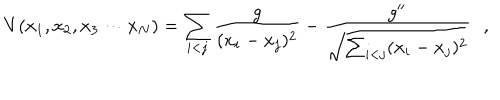
V ( x _ { 1 } , x _ { 2 } , x _ { 3 } \cdots x _ { N } ) = \sum _ { i < j } { \frac { g } { ( x _ { i } - x _ { j } ) ^ { 2 } } } - \frac { g ^ { \prime \prime } } { \sqrt { \sum _ { i < j } ( x _ { i } - x _ { j } ) ^ { 2 } } } \, \, \, \, ,